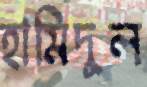
হামিদুল